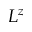
L ^ { z }